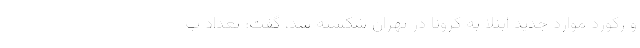
و رکورد موارد جدید ابتلا به کرونا در تهران شکسته شد، گفت: تعداد ب